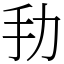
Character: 劧